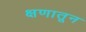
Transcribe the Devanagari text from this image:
क्षणातून